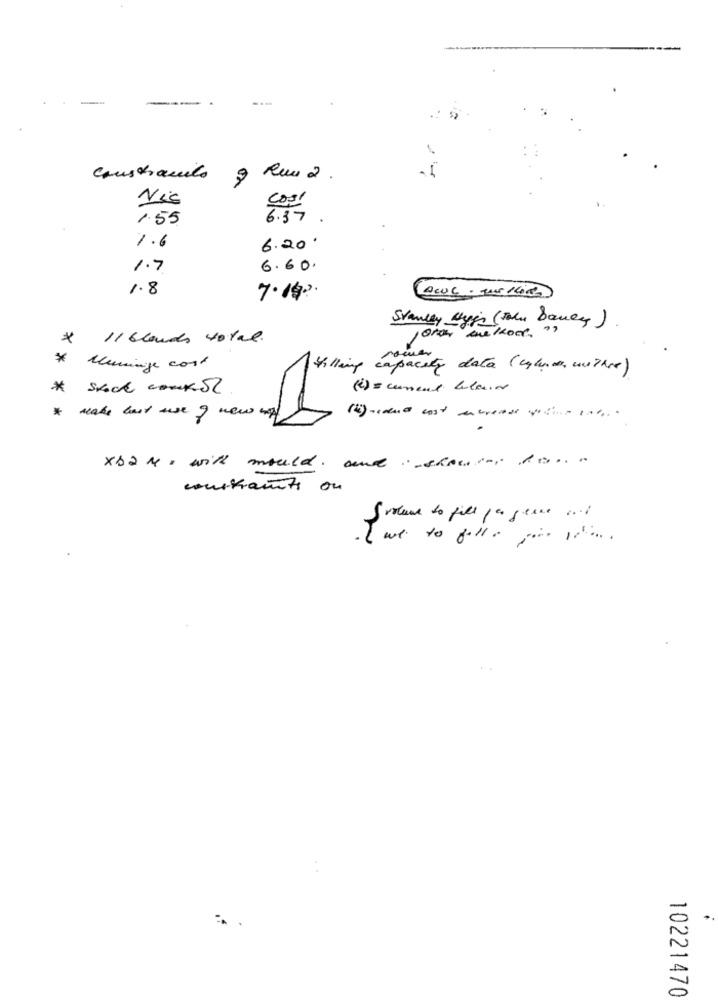
Constraints y Rua 2.
Nis
1.55
6.37
1.6
6.20.
1.7
6.60.
1.8
7.14".
Stanley Hygi (John Daney)
*
11 clouds 40tal.
* Kuminge cost
Killing capacity data (cyber, withre)
* skock comx Sl
(2) = current blauer
* make bast wee of new my
x62 M = with mould. and i-show", como
constraints ou
volume to fill pagesse o.l
10221470